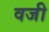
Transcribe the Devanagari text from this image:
वजी